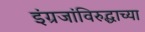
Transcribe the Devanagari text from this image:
इंग्रजांविरुद्धाच्या